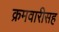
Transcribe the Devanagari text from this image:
क्रमवारीसह